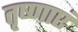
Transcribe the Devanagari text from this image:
तृष्णाएं